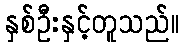
နှစ်ဦးနှင့်တူသည်။